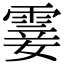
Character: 霎